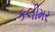
કલીમર